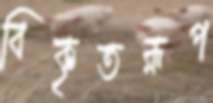
বিকৃতরূপ